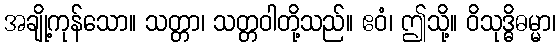
အချို့ကုန်သော။ သတ္တာ၊ သတ္တဝါတို့သည်။ ဧဝံ၊ ဤသို့။ ဝိသုဒ္ဓိဓမ္မာ၊